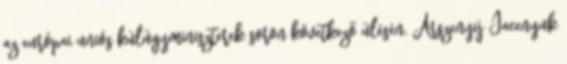
az európai uniós külügyminiszterek soron következő ülésén. Arszenyij Jacenyuk